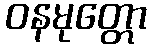
ဝနမုတ္တော